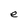
Character: e